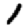
Digit: 1